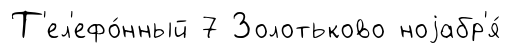
Т'ел'ефо́нный 7 Золотьково ноjабр'я́